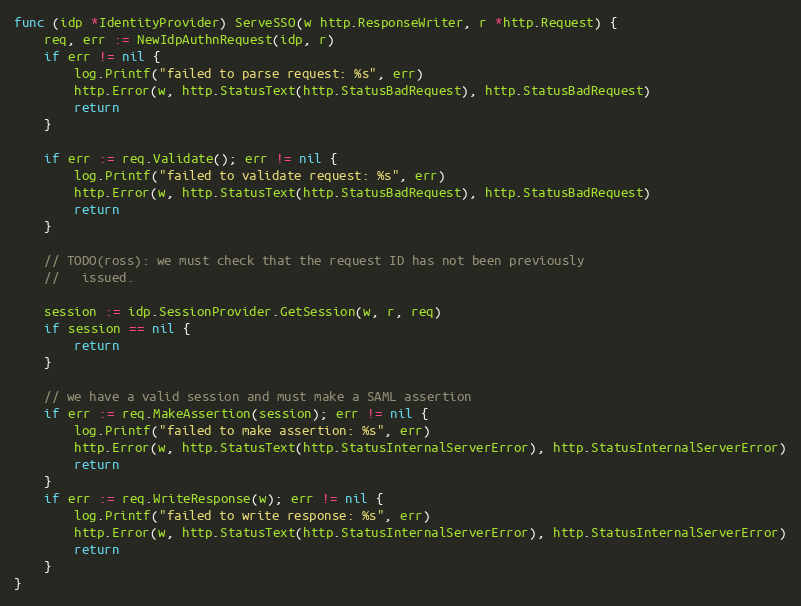
Language: Go
func (idp *IdentityProvider) ServeSSO(w http.ResponseWriter, r *http.Request) {
	req, err := NewIdpAuthnRequest(idp, r)
	if err != nil {
		log.Printf("failed to parse request: %s", err)
		http.Error(w, http.StatusText(http.StatusBadRequest), http.StatusBadRequest)
		return
	}

	if err := req.Validate(); err != nil {
		log.Printf("failed to validate request: %s", err)
		http.Error(w, http.StatusText(http.StatusBadRequest), http.StatusBadRequest)
		return
	}

	// TODO(ross): we must check that the request ID has not been previously
	//   issued.

	session := idp.SessionProvider.GetSession(w, r, req)
	if session == nil {
		return
	}

	// we have a valid session and must make a SAML assertion
	if err := req.MakeAssertion(session); err != nil {
		log.Printf("failed to make assertion: %s", err)
		http.Error(w, http.StatusText(http.StatusInternalServerError), http.StatusInternalServerError)
		return
	}
	if err := req.WriteResponse(w); err != nil {
		log.Printf("failed to write response: %s", err)
		http.Error(w, http.StatusText(http.StatusInternalServerError), http.StatusInternalServerError)
		return
	}
}